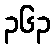
၃၆၃